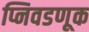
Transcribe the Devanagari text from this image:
प्निवडणूक